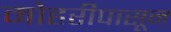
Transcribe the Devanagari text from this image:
मोहरीपासून